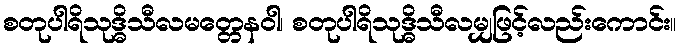
စတုပါရိသုဒ္ဓိသီလမတ္တေနဝါ၊ စတုပါရိသုဒ္ဓိသီလမျှဖြင့်လည်းကောင်း။